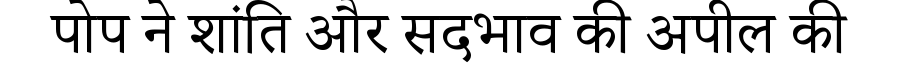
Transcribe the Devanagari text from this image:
पोप ने शांति और सदभाव की अपील की